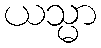
ယသ္မာ